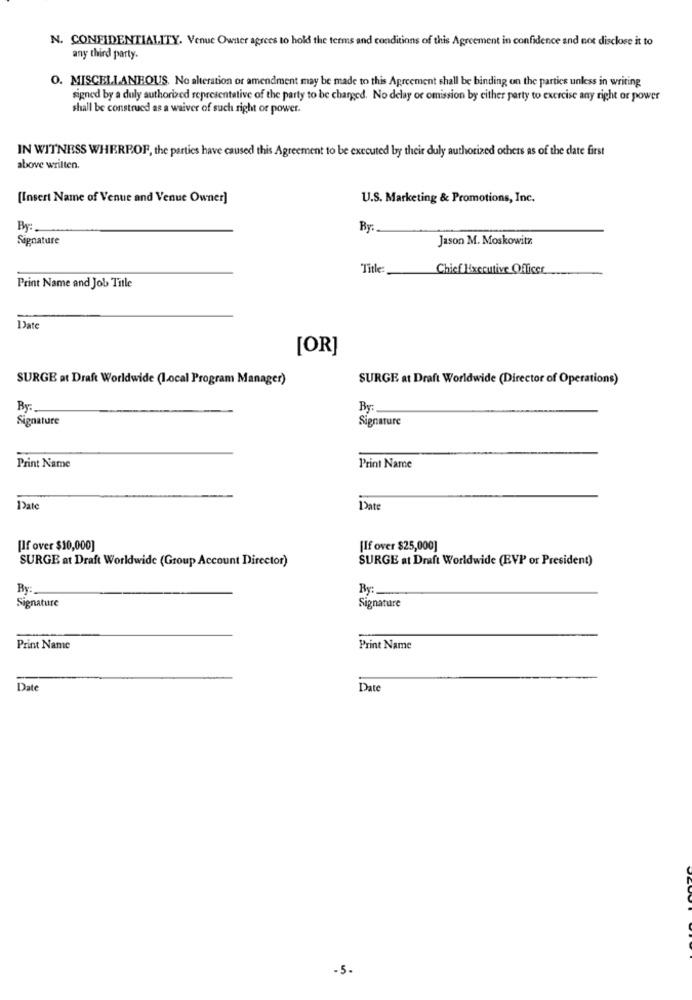
N. CONFIDENTIALITY. Venue Owner agrees to hold the terms and conditions of this Agreement in confidence and not disclose it to
any third party.
O. MISCELLANEOUS. No alteration or amendment may be made to this Agreement shall be binding on the parties unless in writing
signed by a duly authorized representative of the party to be changed. No delay or omission by either party to exercise any right or power
shall be construed as a waiver of such right or power.
IN WITNESS WHEREOF, the parties have caused this Agreement to be executed by their duly authorized others as of the date first
above wrilten.
[Insert Name of Venue and Venue Owner]
U.S. Marketing & Promotions, Inc.
By:
By
Signature
Jason M. Moskowitz
Title
Chief Executive Officer
Print Name and Job Title
Date
[OR]
SURGE at Draft Worldwide (Local Program Manager)
SURGE at Draft Worldwide (Director of Operations)
By:
By
Signature
Signature
Print Name
Print Name
Date
Date
[If over $10,000]
[If over $25,000]
SURGE at Draft Worldwide (Group Account Director)
SURGE at Draft Worldwide (EVP or President)
By:
By:
Signature
Signature
Print Name
Print Name
Date
Date
-5-